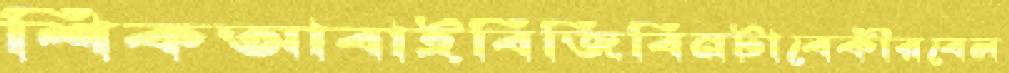
শিকআবাইবিজিবিনটাবেকীরবেল